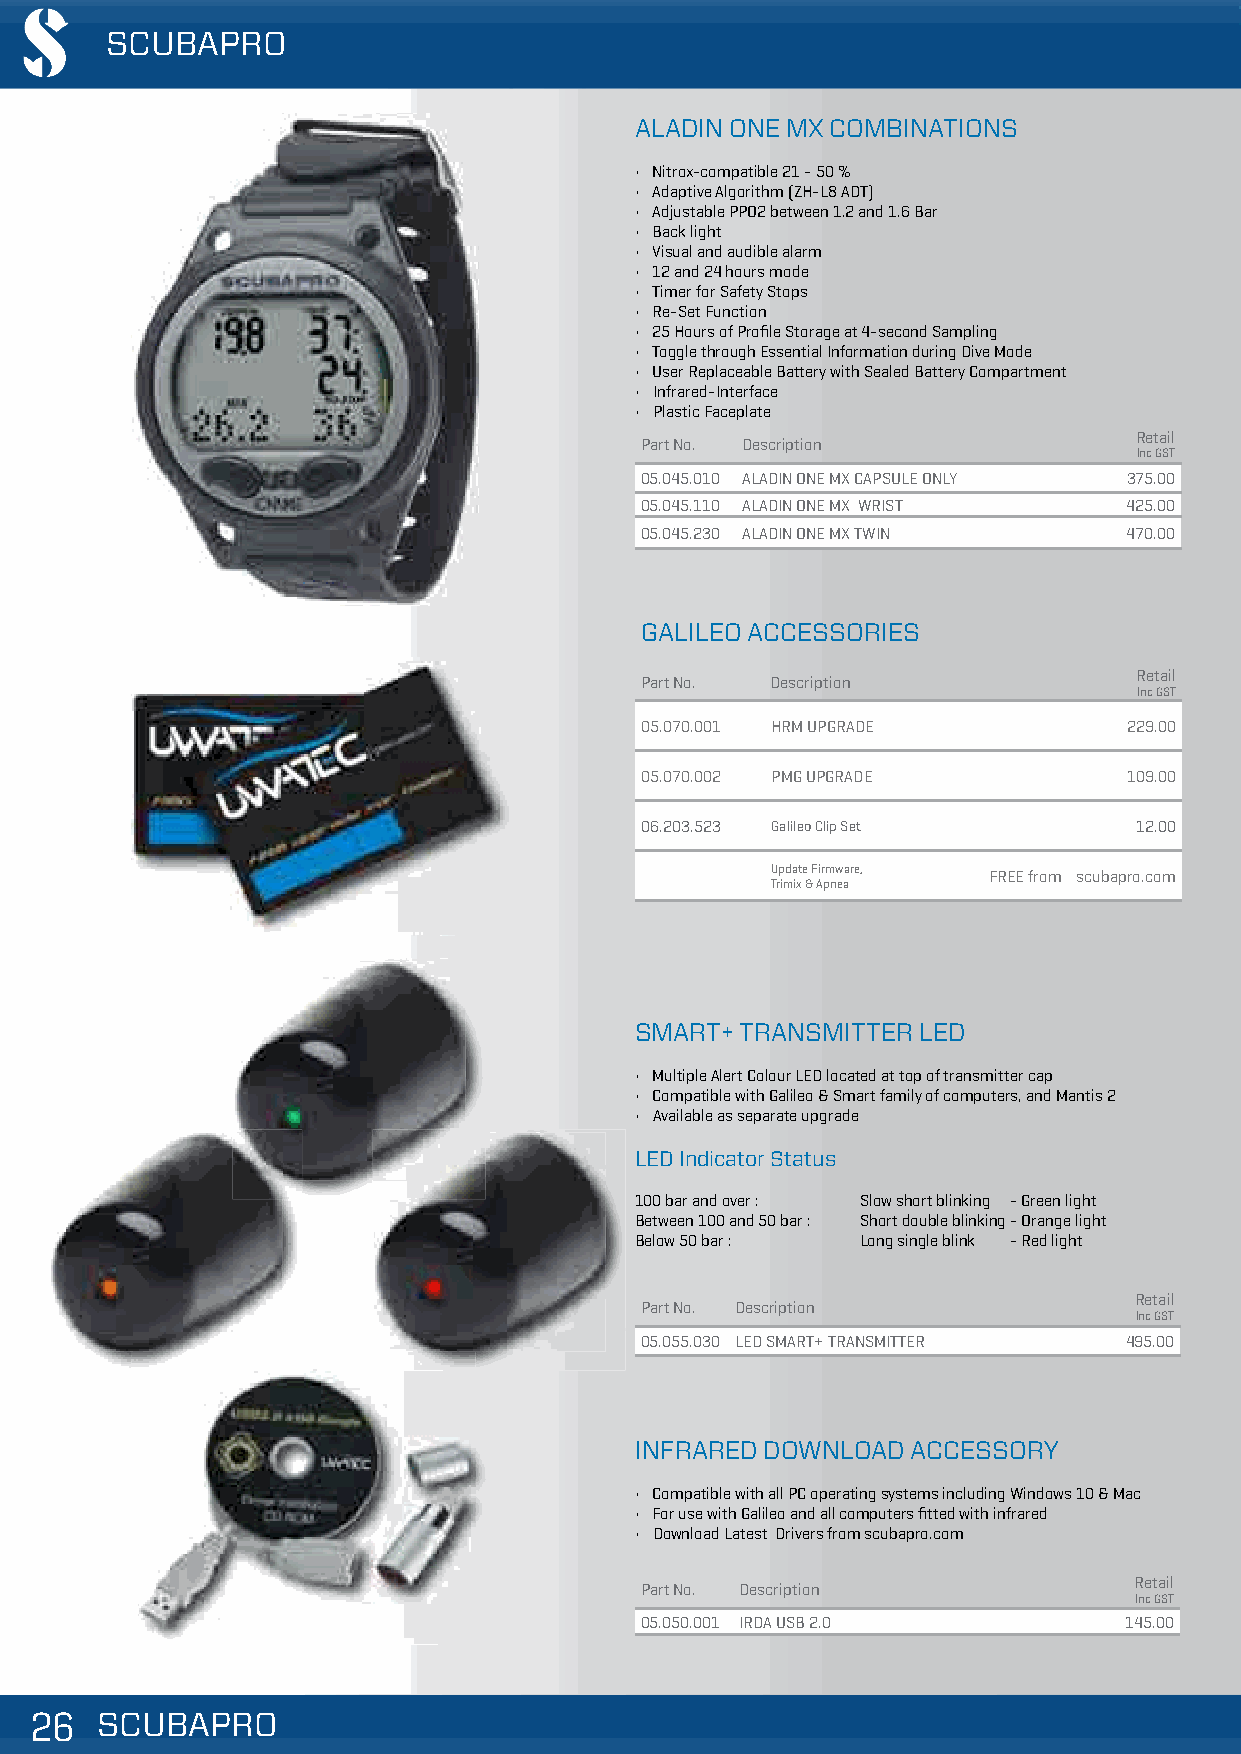
SCUBAPRO
 ALADIN ONE MX COMBINATIONS
 • Nitrox-compatible 21 - 50 %
 • Adaptive Algorithm (ZH-L8 ADT)
 • Adjustable PPO2 between 1.2 and 1.6 Bar
 • Back light
 • Visual and audible alarm
 • 12 and 24 hours mode
 • Timer for Safety Stops
 • Re-Set Function
 • 25 Hours of Profile Storage at 4-second Sampling
 • Toggle through Essential Information during Dive Mode
 • User Replaceable Battery with Sealed Battery Compartment
 • Infrared-Interface
 • Plastic Faceplate
 Retail
 Part No. Description
 Inc GST
 05.045.010 ALADIN ONE MX CAPSULE ONLY 375.00
 05.045.110 ALADIN ONE MX WRIST   425.00
 05.045.230 ALADIN ONE MX TWIN    470.00
 GALILEO ACCESSORIES
 Retail
 Part No. Description
 Inc GST
 05.070.001 HRM UPGRADE           229.00
 05.070.002 PMG UPGRADE           109.00
 06.203.523 Galileo Clip Set      12.00
 Update Firmware, FREE from scubapro.com
 Trimix & Apnea
 SMART+ TRANSMITTER LED
 • Multiple Alert Colour LED located at top of transmitter cap
 • Compatible with Galileo & Smart family of computers, and Mantis 2
 • Available as separate upgrade
 LED Indicator Status
 100 bar and over : Slow short blinking - Green light
 Between 100 and 50 bar : Short double blinking - Orange light
 Below 50 bar : Long single blink - Red light
 Retail
 Part No. Description
 Inc GST
 05.055.030 LED SMART+ TRANSMITTER 495.00
 INFRARED DOWNLOAD ACCESSORY
 • Compatible with all PC operating systems including Windows 10 & Mac
 • For use with Galileo and all computers fitted with infrared
 • Download Latest Drivers from scubapro.com
 Retail
 Part No. Description
 Inc GST
 05.050.001 IRDA USB 2.0         145.00
 222666 SSSCCCUUUBBBAAAPPPRRROOO                                                     VVaalliidd ffrroomm 0011//1100//22001188 || PPrriicceess aarree ssuubbjjeecctt ttoo cchhaannggee wwiitthhoouutt nnoottiiccee